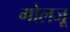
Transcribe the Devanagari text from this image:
गोलजू